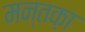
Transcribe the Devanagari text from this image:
मन्तक़ा